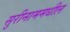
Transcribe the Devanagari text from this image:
सुरीनाममधील